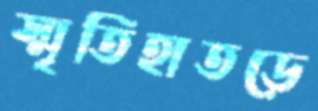
স্মৃতিহাতড়ে